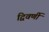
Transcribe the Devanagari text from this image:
द्विवर्णी